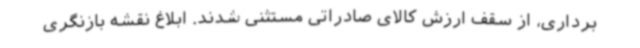
برداری، از سقف ارزش کالای صادراتی مستثنی شدند. ابلاغ نقشه بازنگری